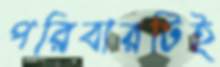
পরিবারটিই